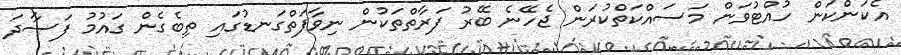
އެކަންކަން ހުއްޓުވަން މަސައްކަތްކުރަން ޖެހޭނެ ބޭރު ފަރާތްތަކުން ނިވާފަތްގަނޑުގައި ތިބެގެން ގައުމު ފަސާދަ